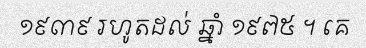
១៩៣៩ រហូតដល់ ឆ្នាំ ១៩៧៥ ។ គេ